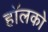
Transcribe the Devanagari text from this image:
हॉलको